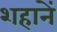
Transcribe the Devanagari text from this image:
शहानें